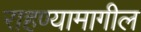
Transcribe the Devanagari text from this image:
राहण्यामागील